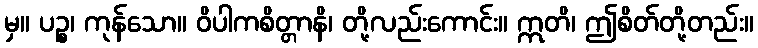
မှ။ ပဉ္စ၊ ကုန်သော။ ဝိပါကစိတ္တာနိ၊ တို့လည်းကောင်း။ ဣတိ၊ ဤစိတ်တို့တည်း။